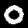
Digit: 0